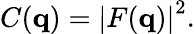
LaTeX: C(\mathbf{q})=\left|F(\mathbf{q})\right|^{2}.